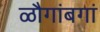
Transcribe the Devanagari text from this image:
ळौगांबगां